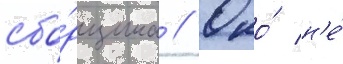
сбо́рщика // Оно́ н'е́